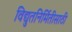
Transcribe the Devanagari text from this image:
विद्युतनिर्मितीसाठी